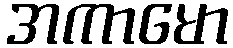
အကာမော